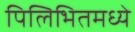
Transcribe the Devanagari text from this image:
पिलिभितमध्ये